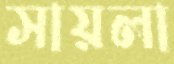
সায়লা